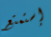
إستمتع